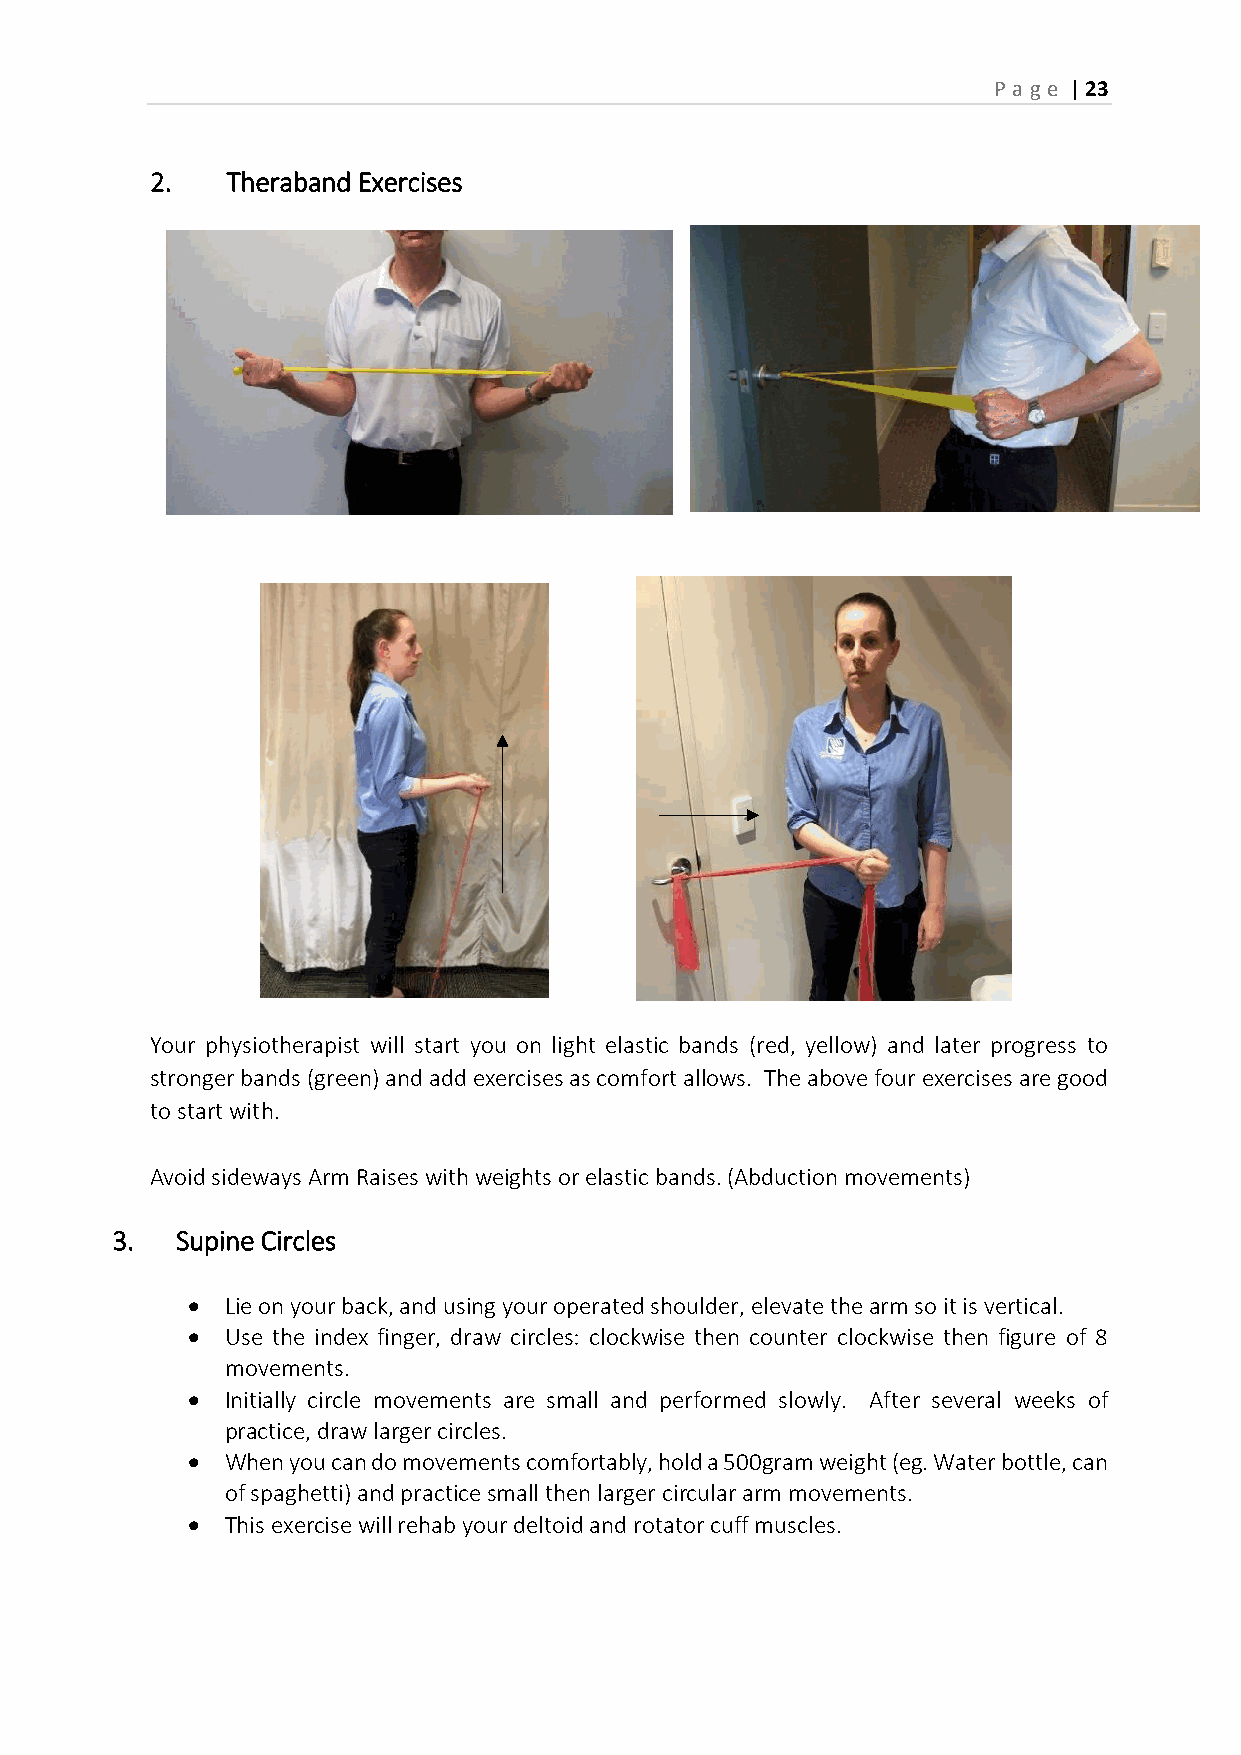
P age | 23
 2.   Theraband Exercises
 Your physiotherapist will start you on light elastic bands (red, yellow) and later progress to
 stronger bands (green) and add exercises as comfort allows. The above four exercises are good
 to start with.
 Avoid sideways Arm Raises with weights or elastic bands. (Abduction movements)
 3.   Supine Circles
   Lie on your back, and using your operated shoulder, elevate the arm so it is vertical.
   Use the index finger, draw circles: clockwise then counter clockwise then figure of 8
 movements.
   Initially circle movements are small and performed slowly. After several weeks of
 practice, draw larger circles.
   When you can do movements comfortably, hold a 500gram weight (eg. Water bottle, can
 of spaghetti) and practice small then larger circular arm movements.
   This exercise will rehab your deltoid and rotator cuff muscles.